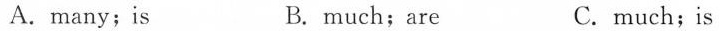
A.many；is B.much;are C.much；is